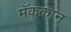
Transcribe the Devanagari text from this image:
मॅक्‌कान